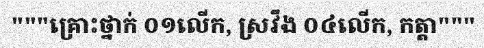
"""គ្រោះថ្នាក់ ០១លើក, ស្រវឹង ០៤លើក, កត្តា"""